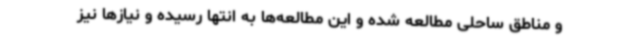
و مناطق ساحلی مطالعه شده و این مطالعه‌ها به انتها رسیده و نیازها نیز